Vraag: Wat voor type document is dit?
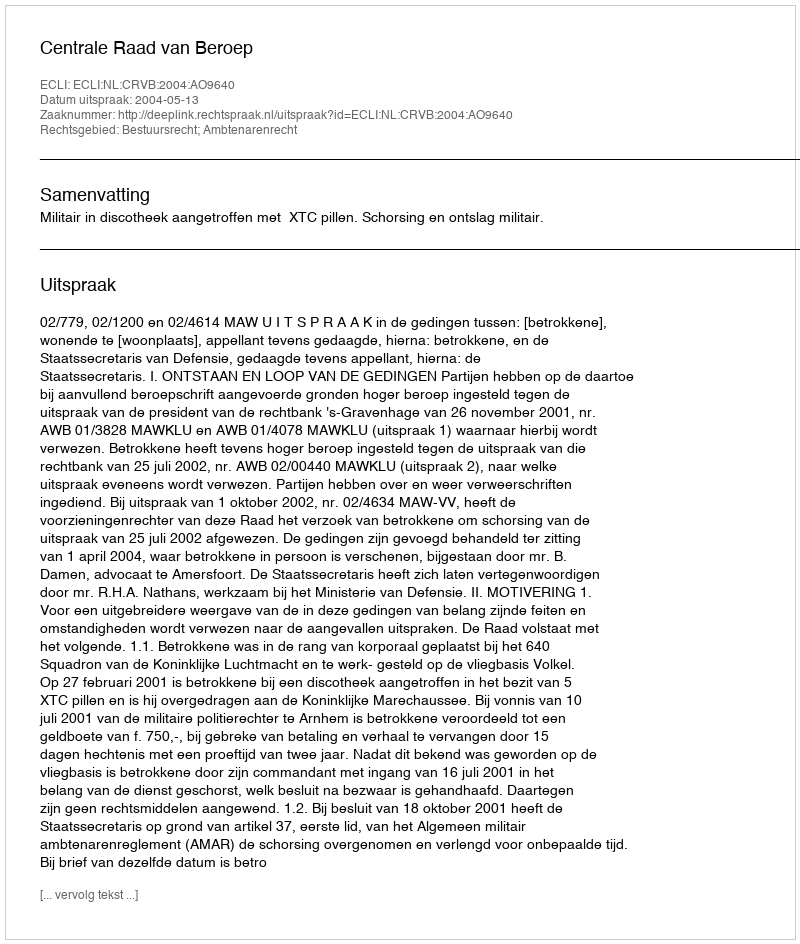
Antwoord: Uitspraak